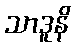
သာဒူနိ